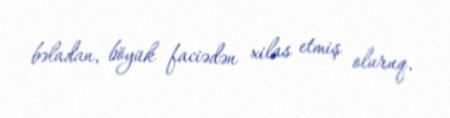
bəladan, böyük faciədən xilas etmiş oluruq.